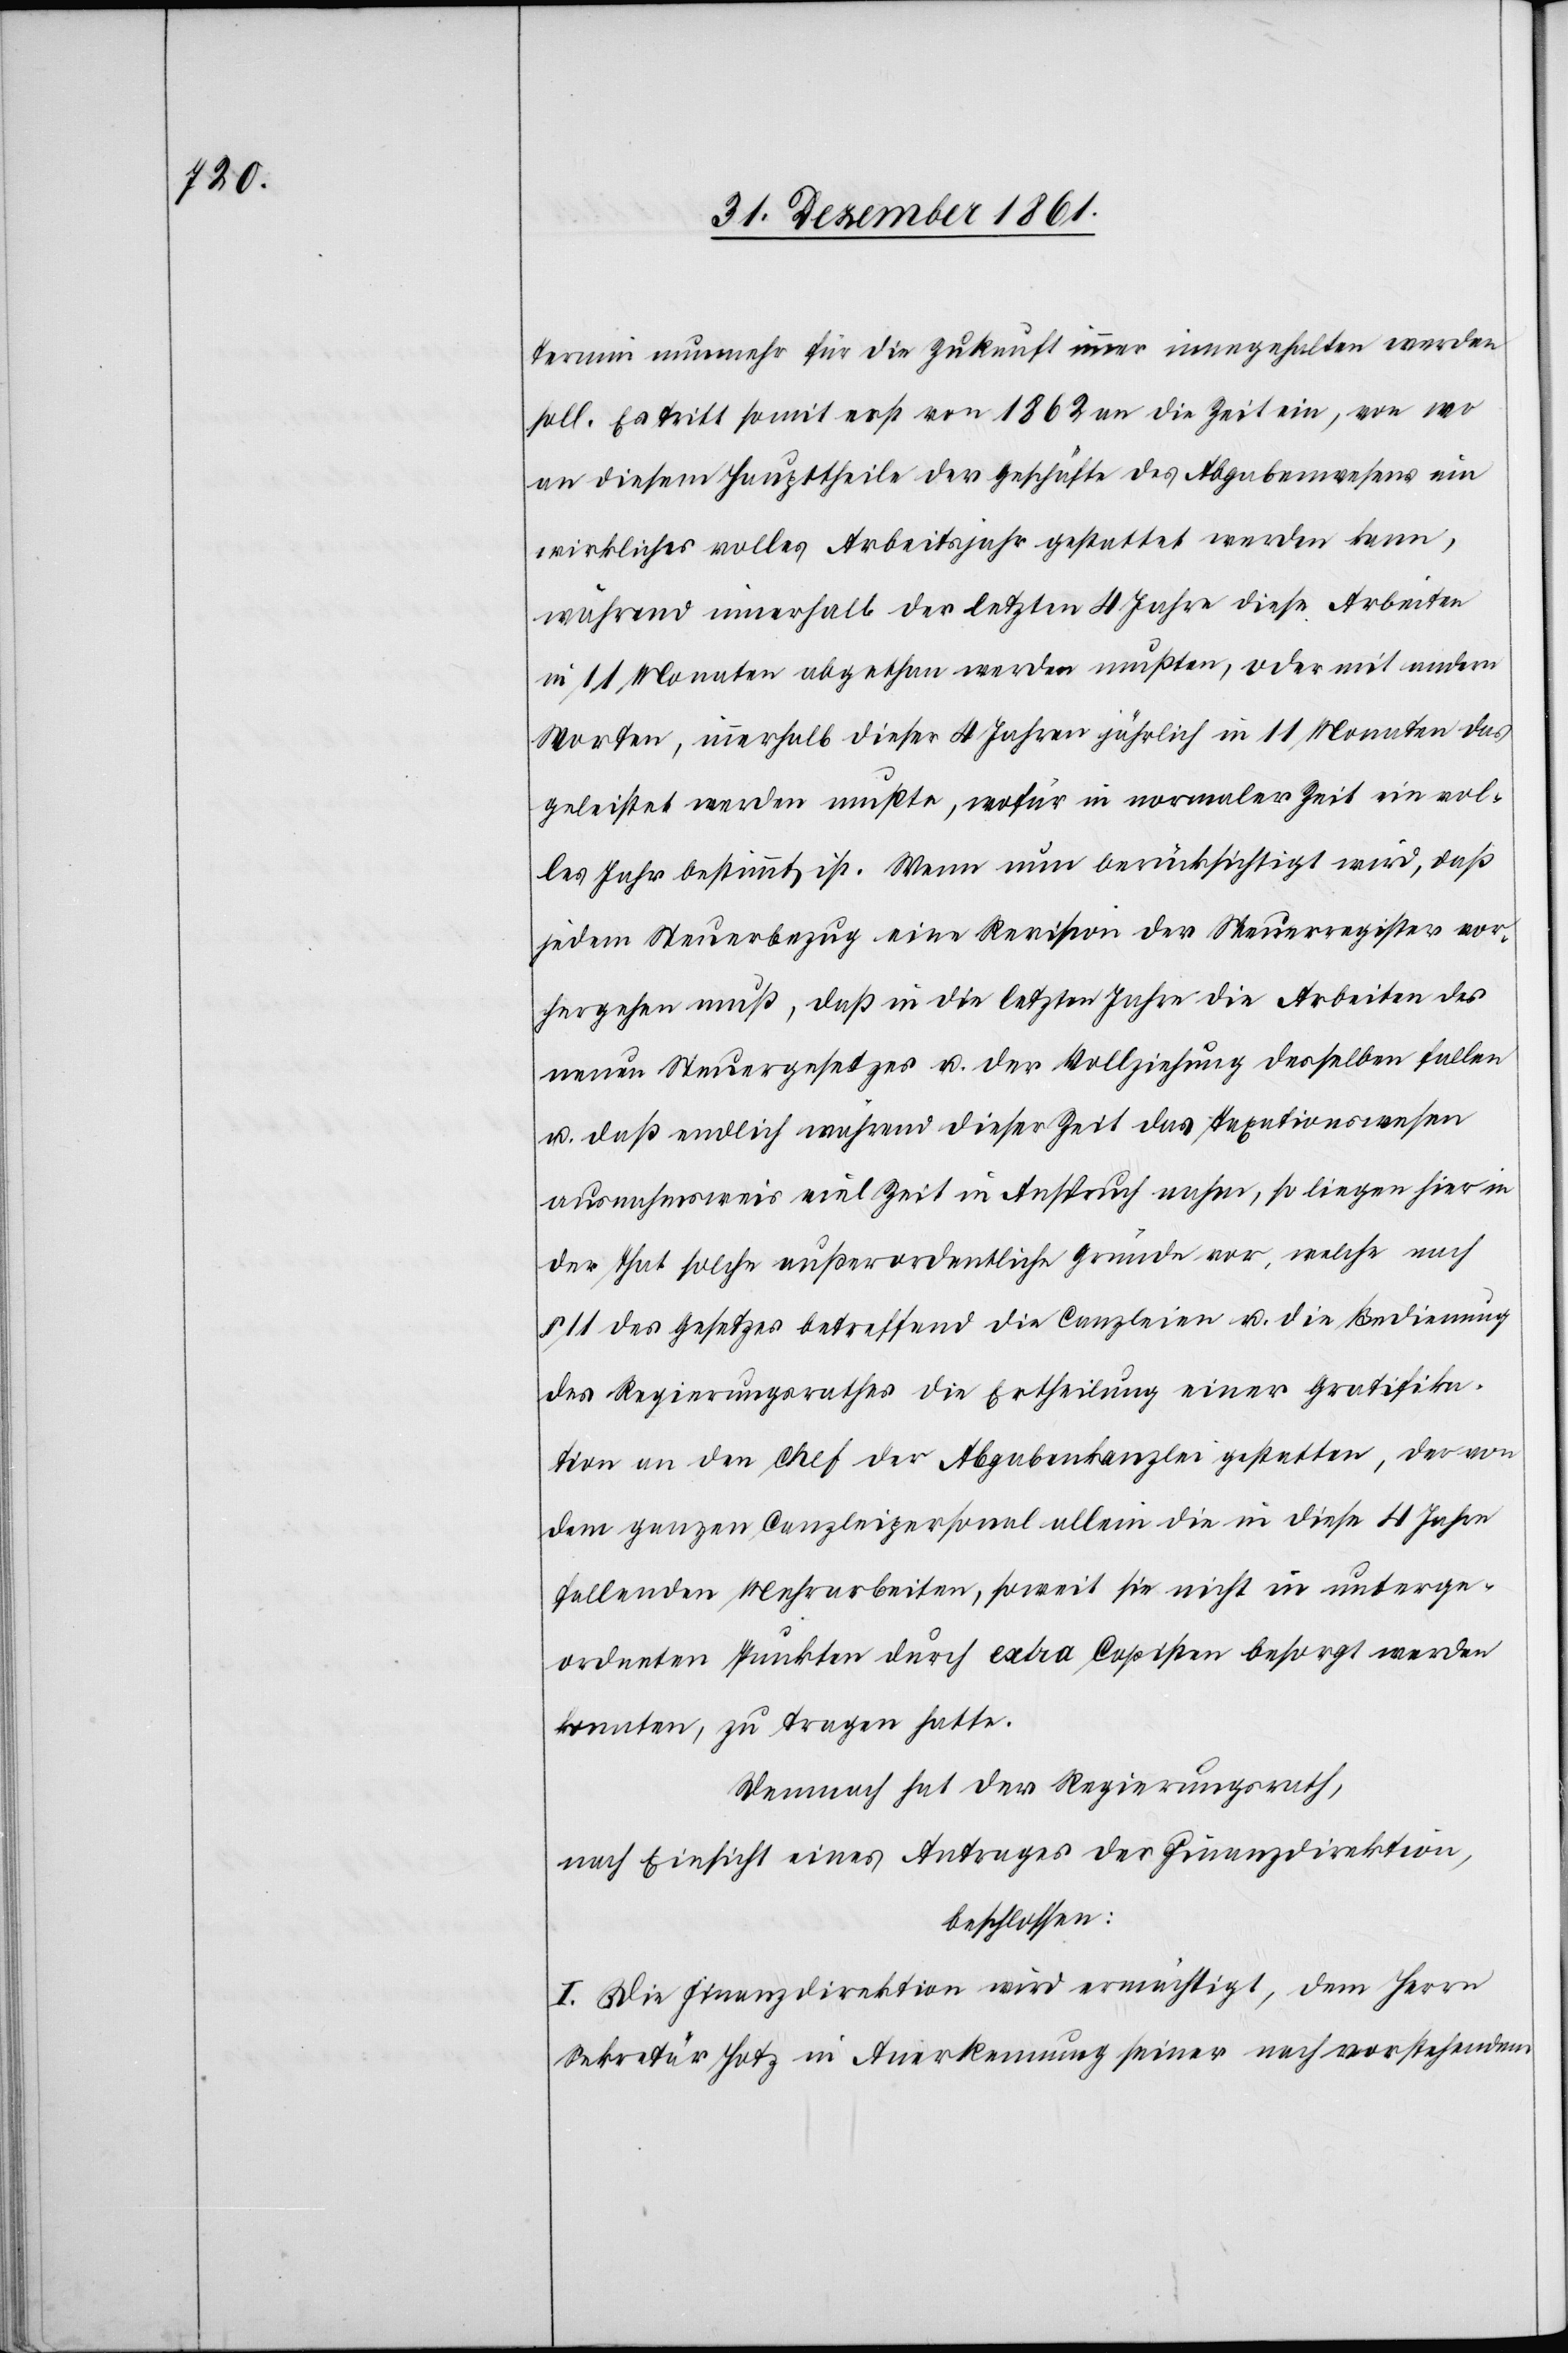
Termin nunmehr für die Zukunft immer innegehalten werden
soll. Es tritt somit erst von 1862 an die Zeit ein, von wo
an diesem Haupttheile der Geschäfte des Abgabewesens ein
wirkliches volles Arbeitsjahr gestattet werden kann,
während innerhalb der letzten 4 Jahre diese Arbeiten
in 11 Monaten abgethan werden mußten, oder mit andern
Worten, innerhalb dieser 4 Jahren jährlich in 11 Monaten das
geleistet werden mußte, wofür in normaler Zeit ein vol¬
les Jahr bestimmt ist. Wenn nun berücksichtigt wird, daß
jedem Steuerbezug eine Revision des Steuerregisters vor¬
hergehen muß, daß in die letzten Jahre die Arbeiten des
neuen Steuergesetzes u. der Vollziehung desselben fallen
u. daß endlich während dieser Zeit das Taxationswesen
ausnahmsweise viel Zeit in Anspruch nahm, so liegen hier in
der That solche außerordentliche Gründe vor, welche nach
§ 11 des Gesetzes betreffend die Canzleien u. die Bedienung
des Regierungsrathes die Ertheilung einer Gratifika¬
tion an den Chef der Abgabenkanzlei gestatten, der von
dem ganzen Canzleipersonal allein die in diese 4 Jahre
fallenden Mehrarbeiten, soweit sie nicht in unterge¬
ordneten Punkten durch extra Copisten besorgt werden
konnten, zu tragen hatte.
Demnach hat der Regierungsrath,
nach Einsicht eines Antrages der Finanzdirektion,
beschlossen:
I. Die Finanzdirektion wird ermächtigt, dem Herrn
Sekretär Hotz in Anerkennung seiner nach vorstehendem